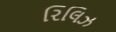
રિલિઝ